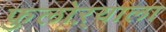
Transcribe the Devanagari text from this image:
फुलोऱ्याला